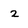
Character: 2